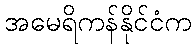
အမေရိကန်နိုင်ငံက